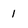
Character: 1